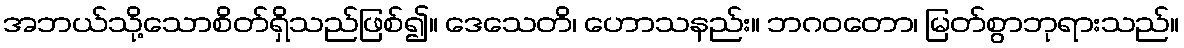
အဘယ်သို့သောစိတ်ရှိသည်ဖြစ်၍။ ဒေသေတိ၊ ဟောသနည်း။ ဘဂဝတော၊ မြတ်စွာဘုရားသည်။